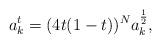
LaTeX: \begin{align*}a^t_k=(4t(1-t))^N a^{\frac 1 2}_k,\end{align*}